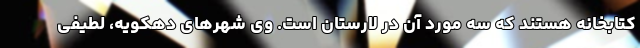
کتابخانه هستند که سه مورد آن در لارستان است. وی شهرهای دهکویه، لطیفی